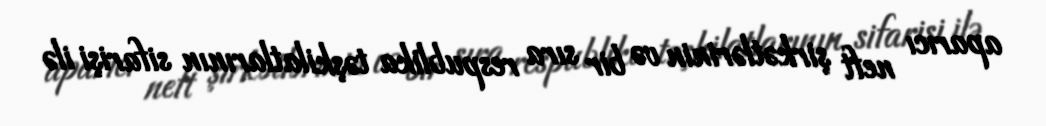
aparıcı neft şirkətlərinin və bir sıra respublika təşkilatlarının sifarişi ilə